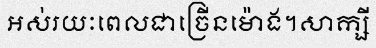
អស់រយៈពេលជាច្រើនម៉ោង។សាក្សី